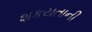
શકયતાની